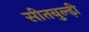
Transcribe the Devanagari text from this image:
सीतबुल्ड़ी